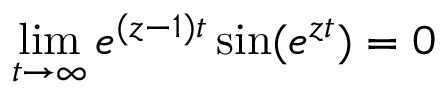
\operatorname* { l i m } _ { t \rightarrow \infty } e ^ { ( z - 1 ) t } \sin ( e ^ { z t } ) = 0